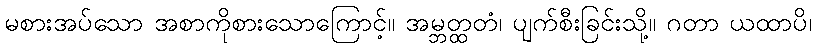
မစားအပ်သော အစာကိုစားသောကြောင့်။ အမ္ဘတ္ထတံ၊ ပျက်စီးခြင်းသို့။ ဂတာ ယထာပိ၊